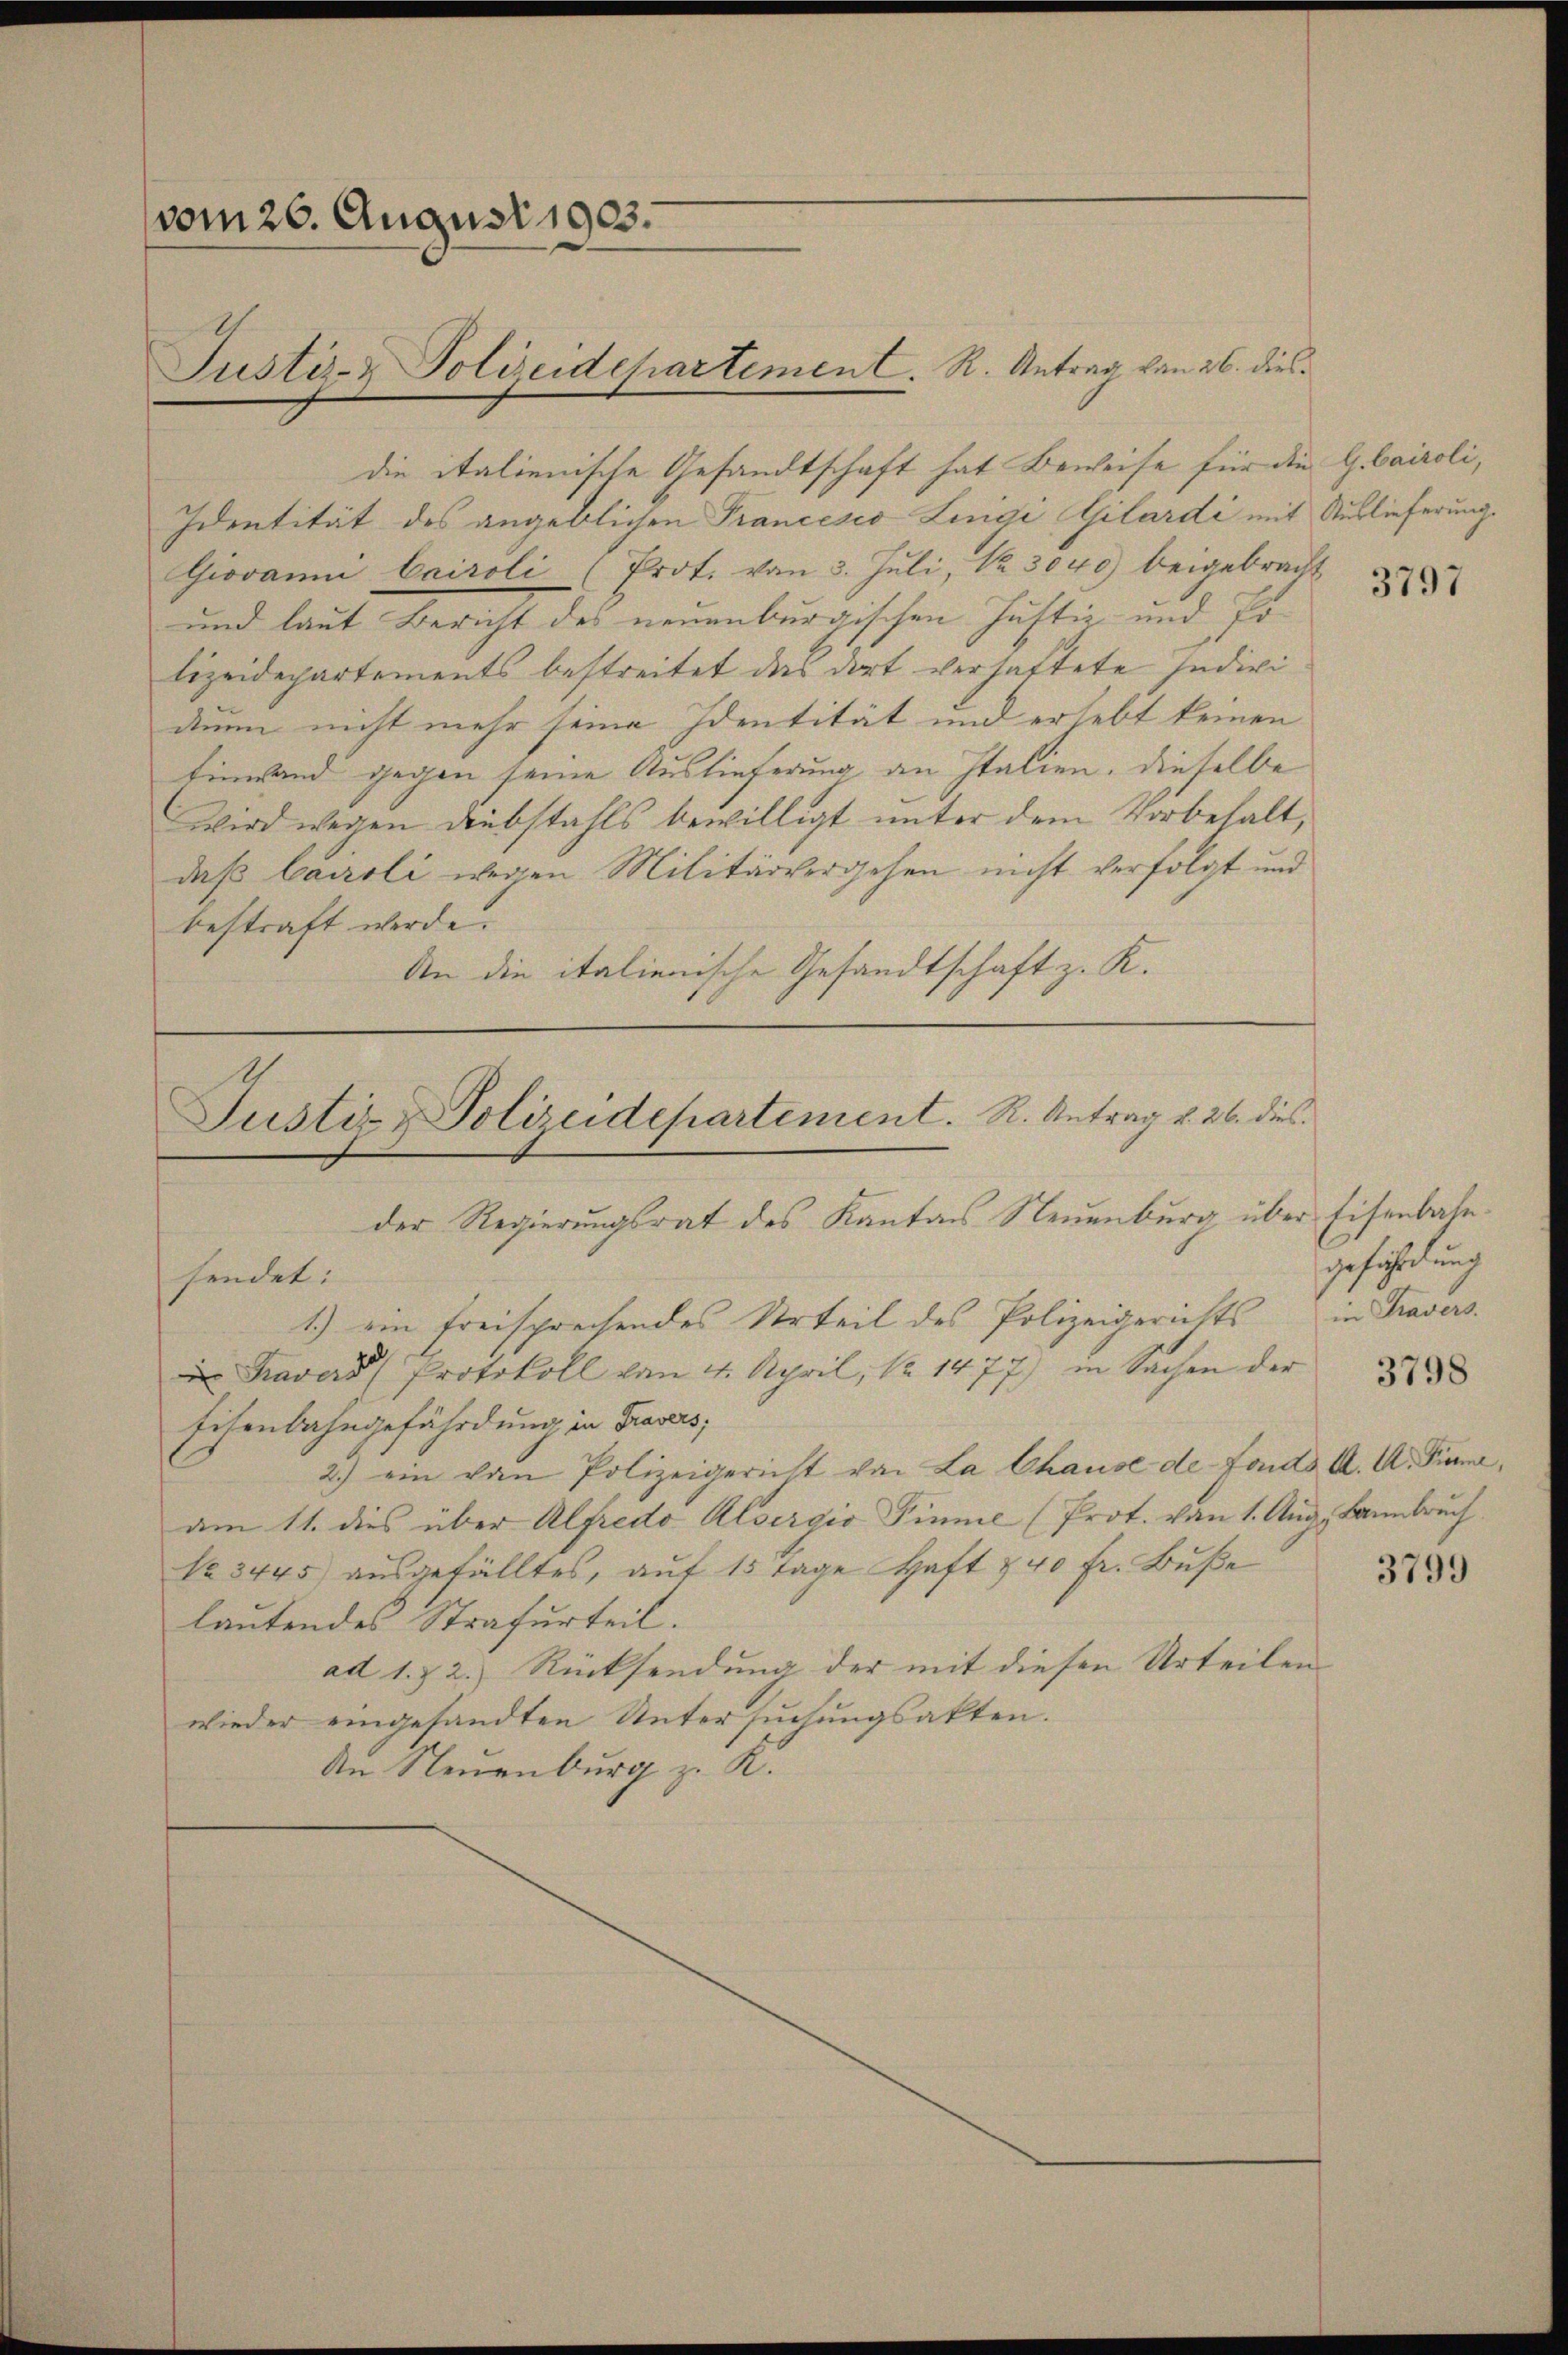
vom 26. August 1903.

die italienische Gesandtschaft hat Beweise für die G. bairoli,
Identität des angeblichen Prancesco Lengi pilardi mit Auslieferung.
Giovani Cairoli (Prot. von 3. Juli, Nr. 3040) beigebracht
und laut Bericht des neuenburgischen Justiz und Polizeidepartements bestreitet das dort verhattete Indivi
dium nicht mehr seine Identität und erhebt keinen
Einwand gegen seine Auslieferung an Italien, dieselbe
wird wegen Diebstahls bewilligt unter dem Vorbehalt,
daß Cairoli wegen Militärvergehen nicht verfolgt und
bestraft werde.
An die italienische Gesandtschaft z. K.

Justiz- & Polizeidchartement. R. Antrag von 26. dies

Justiz & Polizeidepartement. R. Antrag u. 26. dies
der Regierungsrat des Kantons Neuenburg über Eisenbahnsendet:
1.) ein freisprechendes Urteil des Polizeigerichts

Tavers Protokoll von 4. April, No 1477) in Sachen der
Eisenbahngefährdung in Traves;
2.) ein von Polizeigericht von La Chause de fonds A. A. Sinne,
am 11. dies über Alfredo Albergio Finne (Prot. von 1. Aŭg., Bannbruch.
No 3445 aŭsgefälltes, aŭf 15 Tage Haft 240 fr. Bŭβe
lautendes Strafurteil.
ad 1. & 2. Rücksendung der mit diesen Urteilen
wieder eingesandten Untersuchungsakten.
An Neuenburg z. K.

3797

geführung
in Travers.

3798

3799